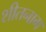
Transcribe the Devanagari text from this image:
शीतनाग